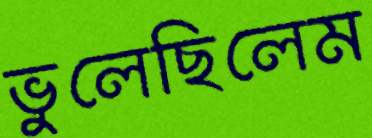
ভুলেছিলেম